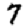
Digit: 7